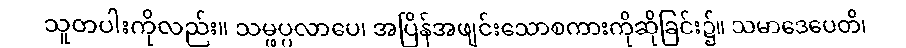
သူတပါးကိုလည်း။ သမ္ဖပ္ပလာပေ၊ အပြိန်အဖျင်းသောစကားကိုဆိုခြင်း၌။ သမာဒေပေတိ၊